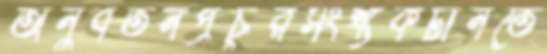
অনুবর্তনপ্রচুরসংখ্যকটানতে